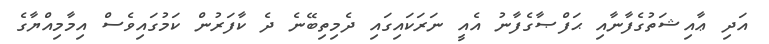
އަދި ޢާއިޝަތުގެފާނާއި ޙަފްޞާގެފާނު އެއީ ނަރަކައިގައި ދެމިތިބޭނެ ދެ ކާފަރުން ކަމުގައިވެސް އިމާމިއްޔާގެ